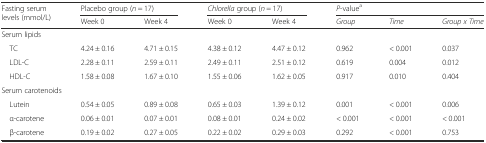
| <ROWSPAN=2> Fasting serum levels (mmol/L) | <COLSPAN=2> Placebo group (n = 17) | <COLSPAN=2> Chlorella group (n = 17) | <COLSPAN=3> P-valuea |
 | Week 0 | Week 4 | Week 0 | Week 4 | Group | Time | Group x Time |
 | --- | --- | --- | --- | --- | --- | --- | --- |
 | <COLSPAN=8> Serum lipids |
 | TC | 4.24 ± 0.16 | 4.71 ± 0.15 | 4.38 ± 0.12 | 4.47 ± 0.12 | 0.962 | < 0.001 | 0.037 |
 | LDL-C | 2.28 ± 0.11 | 2.59 ± 0.11 | 2.49 ± 0.11 | 2.51 ± 0.12 | 0.619 | 0.004 | 0.012 |
 | HDL-C | 1.58 ± 0.08 | 1.67 ± 0.10 | 1.55 ± 0.06 | 1.62 ± 0.05 | 0.917 | 0.010 | 0.404 |
 | <COLSPAN=8> Serum carotenoids |
 | Lutein | 0.54 ± 0.05 | 0.89 ± 0.08 | 0.65 ± 0.03 | 1.39 ± 0.12 | 0.001 | < 0.001 | 0.006 |
 | α-carotene | 0.06 ± 0.01 | 0.07 ± 0.01 | 0.08 ± 0.01 | 0.24 ± 0.02 | < 0.001 | < 0.001 | < 0.001 |
 | β-carotene | 0.19 ± 0.02 | 0.27 ± 0.05 | 0.22 ± 0.02 | 0.29 ± 0.03 | 0.292 | < 0.001 | 0.753 |